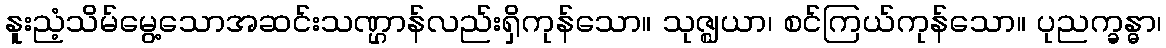
နူးညံ့သိမ်မွေ့သောအဆင်းသဏ္ဌာန်လည်းရှိကုန်သော။ သုဇ္ဈယာ၊ စင်ကြယ်ကုန်သော။ ပုညက္ခန္ဓာ၊